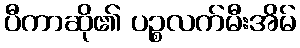
ပီကာဆို၏ ပဉ္စလက်မီးအိမ်